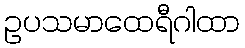
ဥပသမာထေရီဂါထာ